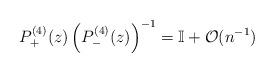
LaTeX: \begin{align*} P^{(4)}_+(z) \left( P^{(4)}_-(z) \right)^{-1} = \mathbb{I} + \mathcal{O}(n^{-1}) \end{align*}